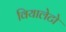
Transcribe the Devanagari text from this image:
वियालेटो